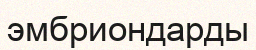
эмбриондарды